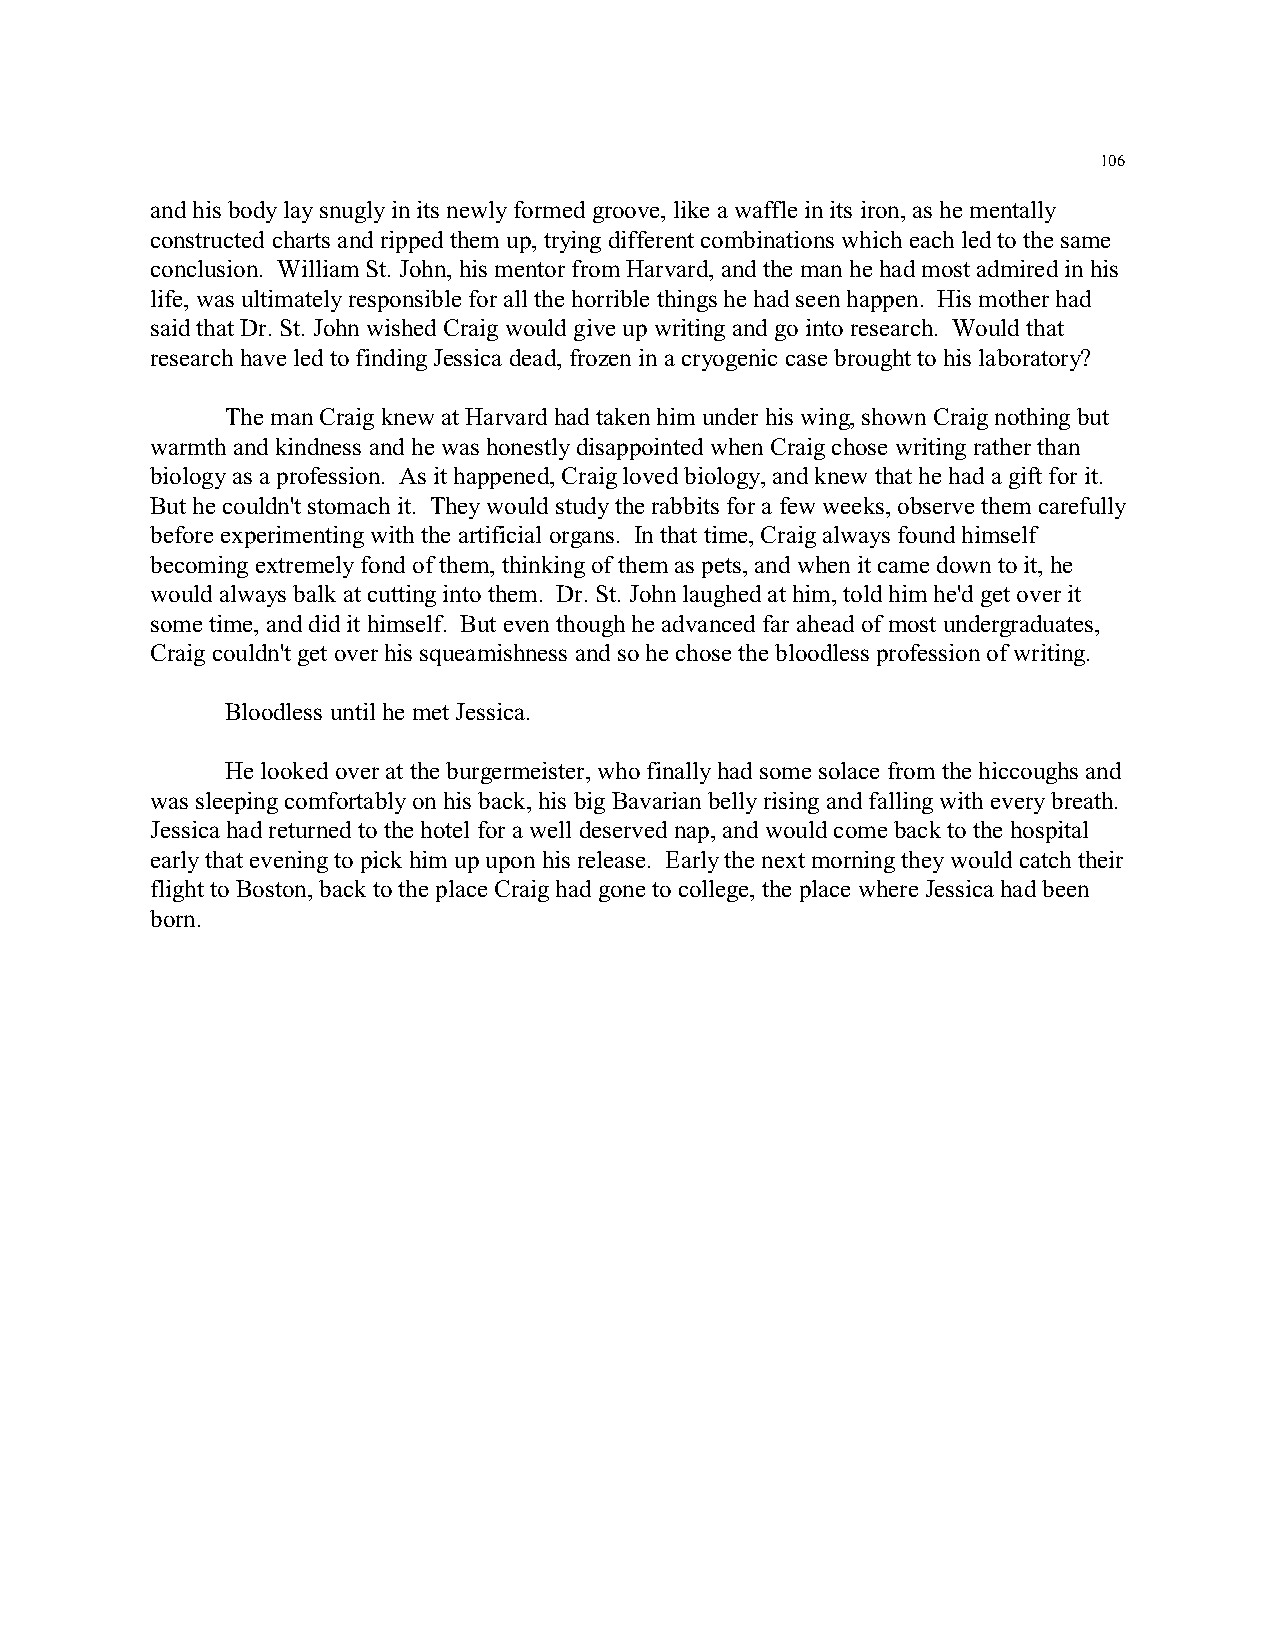
106
 and his body lay snugly in its newly formed groove, like a waffle in its iron, as he mentally
 constructed charts and ripped them up, trying different combinations which each led to the same
 conclusion. William St. John, his mentor from Harvard, and the man he had most admired in his
 life, was ultimately responsible for all the horrible things he had seen happen. His mother had
 said that Dr. St. John wished Craig would give up writing and go into research. Would that
 research have led to finding Jessica dead, frozen in a cryogenic case brought to his laboratory?
 The man Craig knew at Harvard had taken him under his wing, shown Craig nothing but
 warmth and kindness and he was honestly disappointed when Craig chose writing rather than
 biology as a profession. As it happened, Craig loved biology, and knew that he had a gift for it.
 But he couldn't stomach it. They would study the rabbits for a few weeks, observe them carefully
 before experimenting with the artificial organs. In that time, Craig always found himself
 becoming extremely fond of them, thinking of them as pets, and when it came down to it, he
 would always balk at cutting into them. Dr. St. John laughed at him, told him he'd get over it
 some time, and did it himself. But even though he advanced far ahead of most undergraduates,
 Craig couldn't get over his squeamishness and so he chose the bloodless profession of writing.
 Bloodless until he met Jessica.
 He looked over at the burgermeister, who finally had some solace from the hiccoughs and
 was sleeping comfortably on his back, his big Bavarian belly rising and falling with every breath.
 Jessica had returned to the hotel for a well deserved nap, and would come back to the hospital
 early that evening to pick him up upon his release. Early the next morning they would catch their
 flight to Boston, back to the place Craig had gone to college, the place where Jessica had been
 born.